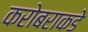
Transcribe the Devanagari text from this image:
करोबराकडे